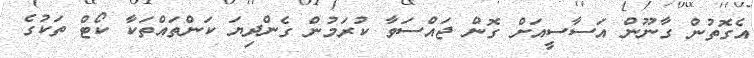
އެގޮތުން ގާނޫން އަސާސީއަށް ގޮން ޖައްސަވާ ކުރަމުން ގެންދިޔަ ކަންތައްތަކާ ކޯޓް ތަކުގެ